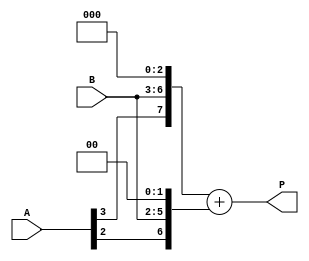

//Tree Multiplier: 

module tree_multiplier(input [3:0] A, input [3:0] B, output [7:0] P); 
    wire [7:0] PP [0:3]; 
    wire [15:0] P_intermediate; 
    wire [7:0] P_final; 
 
    // Generate partial products 
    assign PP[0] = {A[0], B} << 0; 
    assign PP[1] = {A[1], B} << 1; 
    assign PP[2] = {A[2], B} << 2; 
    assign PP[3] = {A[3], B} << 3; 
 
    // Intermediate product calculation 
    assign P_intermediate = {PP[0], PP[1], PP[2], PP[3]}; 
 
    // Final product calculation 
    assign P_final = P_intermediate[7:0] + P_intermediate[15:8]; 
 
    // Output 
    assign P = P_final; 
endmodule